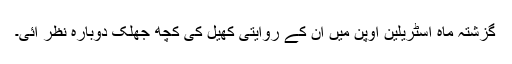
گزشتہ ماہ آسٹریلین اوپن میں ان کے روایتی کھیل کی کچھ جھلک دوبارہ نظر آئی۔